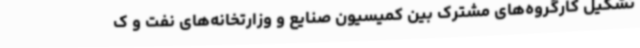
تشکیل کارگروه‌های مشترک بین کمیسیون صنایع و وزارتخانه‌های نفت و ک